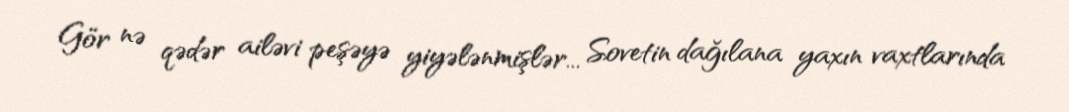
Gör nə qədər ailəvi peşəyə yiyələnmişlər... Sovetin dağılana yaxın vaxtlarında